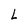
Character: L